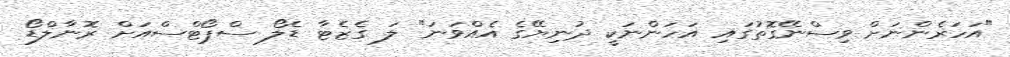
"އަހަރެންނަށް ވިސްނޭގޮތުގައި އަހަންނަކީ ދުނިޔޭގެ އެއްވަނަ" ލަ ގެޒެޓާ ޑެލޯ ސްޕޯޓްސްއަށް ރޮނާލްޑޯ